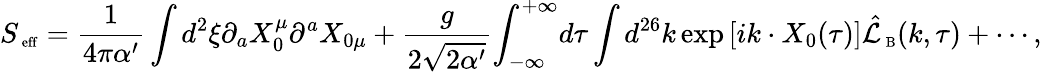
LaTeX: {S_{\mathrm{\scriptsize~eff}}}={\frac{1}{4\pi\alpha^{\prime}}}\int{d^{2}}\xi{\partial_{a}}{X_{0}^{\mu}}{\partial^{a}}{X_{0\mu}}+{\frac{g}{2\sqrt{2\alpha^{\prime}}}}{\int_{-\infty}^{+\infty}}d\tau\int{d^{26}}k\exp\left[ik\cdot{X_{0}}(\tau)\right]{\hat{\mathcal{L}}_{\mathrm{\scriptsize~B}}}(k,\tau)+\cdots,